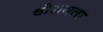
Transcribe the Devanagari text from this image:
चोरायला